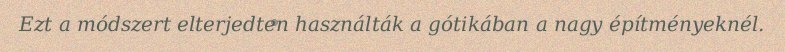
Ezt a módszert elterjedten használták a gótikában a nagy építményeknél.